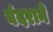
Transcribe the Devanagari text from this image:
बंदराने